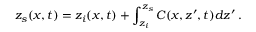
z _ { s } ( x , t ) = z _ { i } ( x , t ) + \int _ { z _ { i } } ^ { z _ { s } } C ( x , z ^ { \prime } , t ) d z ^ { \prime } \, .